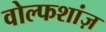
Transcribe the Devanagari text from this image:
वोल्फशांज़